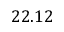
2 2 . 1 2